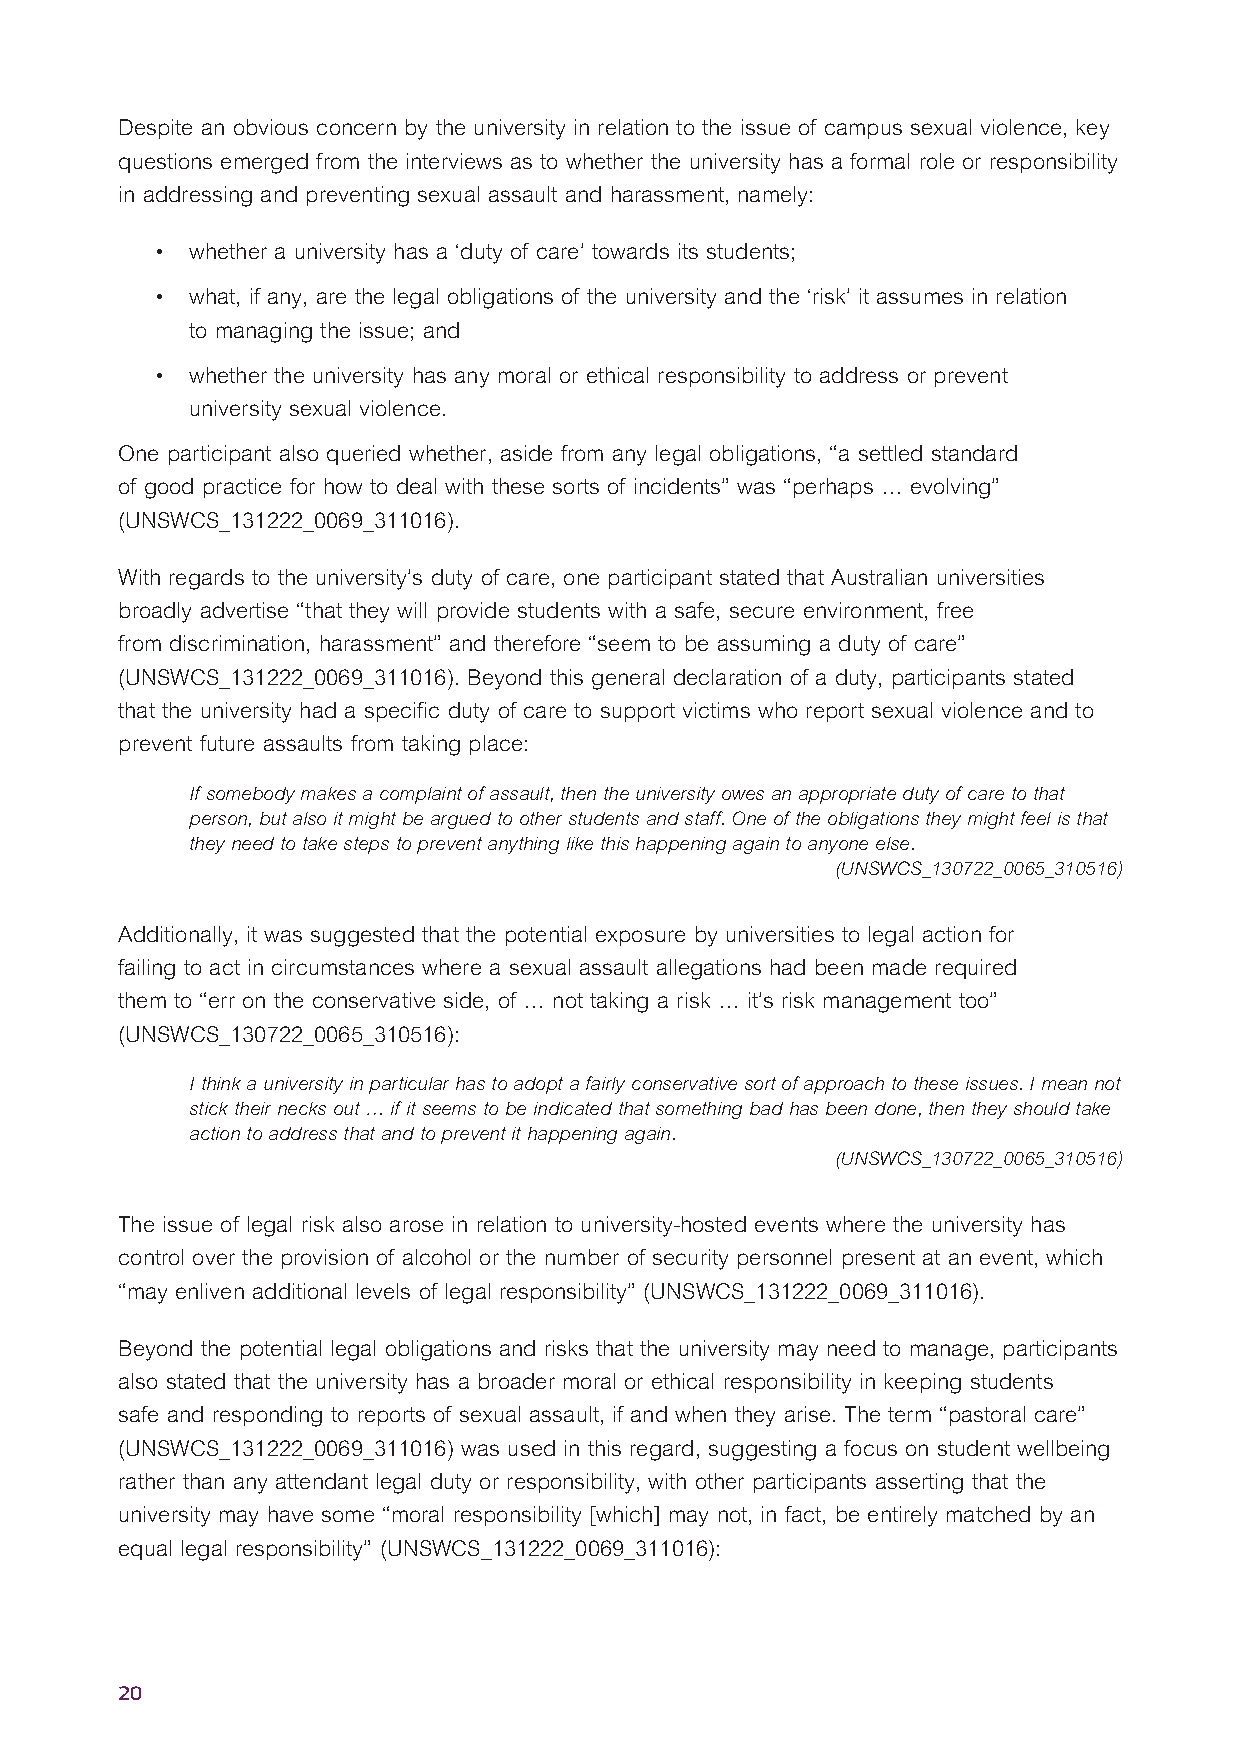
Despite an obvious concern by the university in relation to the issue of campus sexual violence, key
 questions emerged from the interviews as to whether the university has a formal role or responsibility
 in addressing and preventing sexual assault and harassment, namely:
 •  whether a university has a ‘duty of care’ towards its students;
 •  what, if any, are the legal obligations of the university and the ‘risk’ it assumes in relation
 to managing the issue; and
 •  whether the university has any moral or ethical responsibility to address or prevent
 university sexual violence.
 One participant also queried whether, aside from any legal obligations, “a settled standard
 of good practice for how to deal with these sorts of incidents” was “perhaps … evolving”
 (UNSWCS_131222_0069_311016).
 With regards to the university’s duty of care, one participant stated that Australian universities
 broadly advertise “that they will provide students with a safe, secure environment, free
 from discrimination, harassment” and therefore “seem to be assuming a duty of care”
 (UNSWCS_131222_0069_311016). Beyond this general declaration of a duty, participants stated
 that the university had a specific duty of care to support victims who report sexual violence and to
 prevent future assaults from taking place:
 If somebody makes a complaint of assault, then the university owes an appropriate duty of care to that
 person, but also it might be argued to other students and staff. One of the obligations they might feel is that
 they need to take steps to prevent anything like this happening again to anyone else.
 (UNSWCS_130722_0065_310516)
 Additionally, it was suggested that the potential exposure by universities to legal action for
 failing to act in circumstances where a sexual assault allegations had been made required
 them to “err on the conservative side, of … not taking a risk … it’s risk management too”
 (UNSWCS_130722_0065_310516):
 I think a university in particular has to adopt a fairly conservative sort of approach to these issues. I mean not
 stick their necks out … if it seems to be indicated that something bad has been done, then they should take
 action to address that and to prevent it happening again.
 (UNSWCS_130722_0065_310516)
 The issue of legal risk also arose in relation to university-hosted events where the university has
 control over the provision of alcohol or the number of security personnel present at an event, which
 “may enliven additional levels of legal responsibility” (UNSWCS_131222_0069_311016).
 Beyond the potential legal obligations and risks that the university may need to manage, participants
 also stated that the university has a broader moral or ethical responsibility in keeping students
 safe and responding to reports of sexual assault, if and when they arise. The term “pastoral care”
 (UNSWCS_131222_0069_311016) was used in this regard, suggesting a focus on student wellbeing
 rather than any attendant legal duty or responsibility, with other participants asserting that the
 university may have some “moral responsibility [which] may not, in fact, be entirely matched by an
 equal legal responsibility” (UNSWCS_131222_0069_311016):
 20